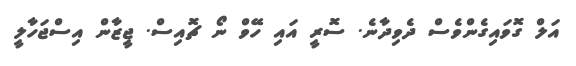
އަލް ގޮވައިގެންވެސް ދެވިދާނެ. ސޮރީ އައި ހޭވް ނޯ ޗޮއިސް. ޖީޒާން އިސްޖަހާލީ